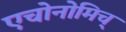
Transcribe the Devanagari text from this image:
एचोनोमिच्